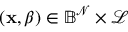
\left( \mathbf { x } , \beta \right) \in \mathbb { B } ^ { \mathcal { N } } \times \mathcal { L }